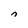
Character: n